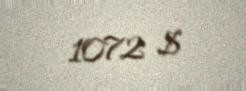
1072 $